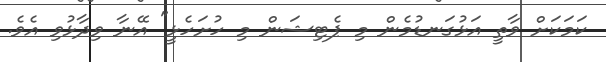
ކަމަކަށް ވާތީ އަޅުގަނޑުމެން މި ޕެޓިޝަން މި ހުށަހެޅީ" އޭނާ ވިދާޅުވި އެވެ.